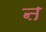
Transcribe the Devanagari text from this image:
ऩ